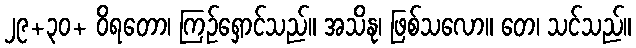
၂၉+၃၀+ ဝိရတော၊ ကြဉ်ရှောင်သည်။ အသိနု၊ ဖြစ်သလော။ တေ၊ သင်သည်။